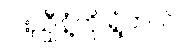
ငါးညှီနံ့ကို ရွံတယ်။